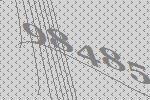
98485